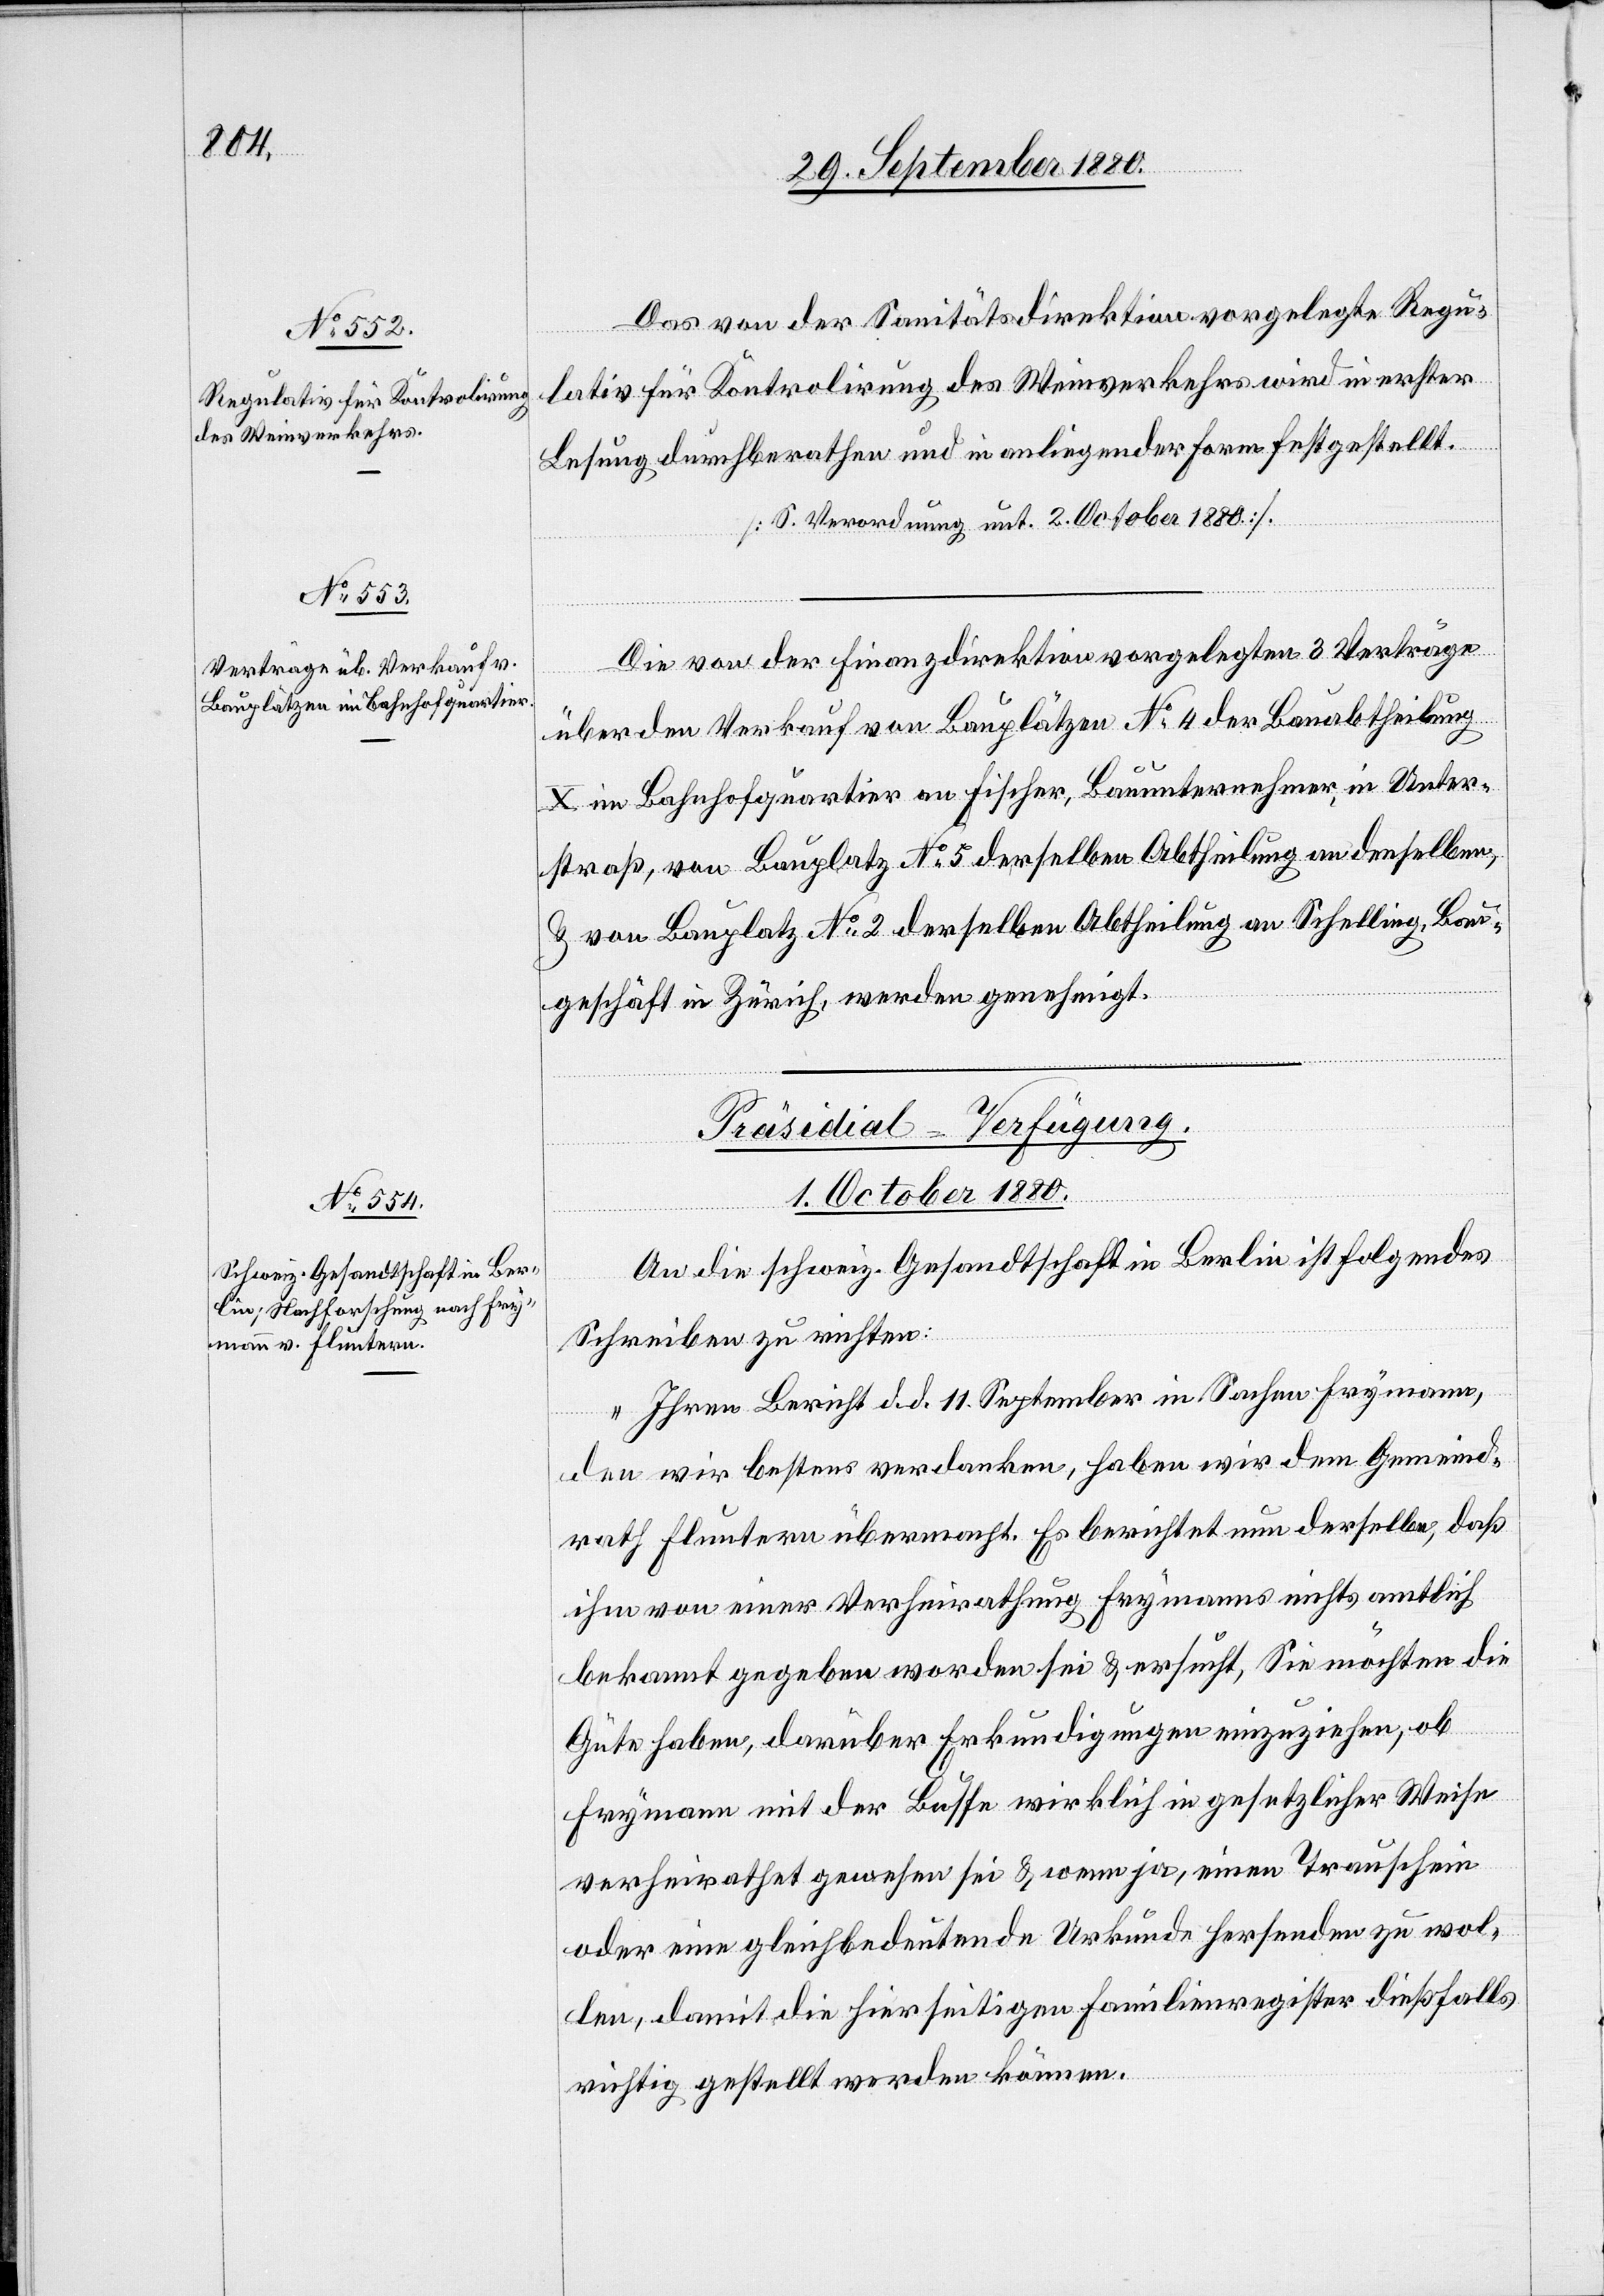
Das von der Sanitätsdirektion vorgelegte Regu¬
lativ für Kontrolirung des Weinverkehrs wird in erster
Lesung durchberathen und in anliegender Form festgestellt.
[S. Verordnung unt. 2. October 1880].
Die von der Finanzdirektion vorgelegten 3 Verträge
über den Verkauf von Bauplätzen No 4 der Bauabtheilung
X im Bahnhofquartier an Fischer, Bauunternehmer, in Unter¬
straß, von Bauplatz No 5 derselben Abtheilung an denselben,
& von Bauplatz No 2 derselben Abtheilung an Schelling, Bau¬
geschäft in Zürich, werden genehmigt.
Präsidial-Verfügung.
1. October 1880.
An die schweiz. Gesandtschaft in Berlin ist folgendes
Schreiben zu richten:
„Ihren Bericht d. d. 11. September in Sachen Frymann,
den wir bestens verdanken, haben wir dem Gemeind¬
rath Fluntern übermacht. Es berichtet nun derselbe, daß
ihm von einer Verheirathung Frymanns nichts amtlich
bekannt gegeben worden sei & ersucht, Sie möchten die
Güte haben, darüber Erkundigungen einzuziehen, ob
Frymann mit der Busse wirklich in gesetzlicher Weise
verheirathet gewesen sei & wenn ja, einen Trauschein
oder eine gleichbedeutende Urkunde hersenden zu wol¬
len, damit die hierseitigen Familienregister dießfalls
richtig gestellt werden können.